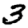
Digit: 3